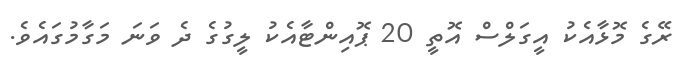
ރޭގެ މޮޅާއެކު އީގަލްސް އޮތީ 20 ޕޮއިންޓާއެކު ލީގުގެ ދެ ވަނަ މަގާމުގައެވެ.